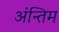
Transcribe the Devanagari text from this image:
अंन्‍तिम